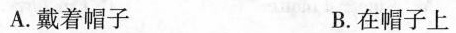
A.戴着帽子 B.在帽子上